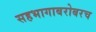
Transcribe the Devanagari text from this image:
सहभागाबरोबरच